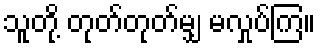
သူတို့ တုတ်တုတ်မျှ မလှုပ်ကြ။